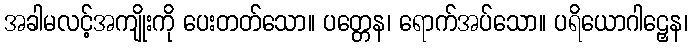
အခါမလင့်အကျိုးကို ပေးတတ်သော။ ပတ္တေန၊ ရောက်အပ်သော။ ပရိယောဂါဠှေန၊